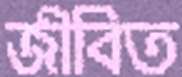
জীবিত